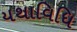
યથાવિધિ